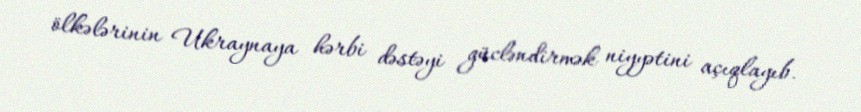
ölkələrinin Ukraynaya hərbi dəstəyi gücləndirmək niyyətini açıqlayıb.